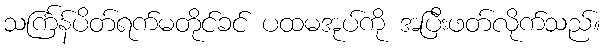
သင်္ကြန်ပိတ်ရက်မတိုင်ခင် ပထမအုပ်ကို အပြီးဖတ်လိုက်သည်။